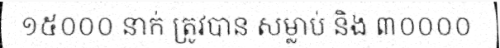
១៥០០០ នាក់ ត្រូវបាន សម្លាប់ និង ៣០០០០